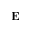
\mathbf { E }